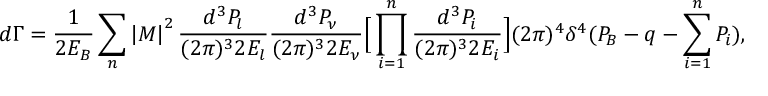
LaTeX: d \Gamma = \frac { 1 } { 2 E _ { B } } \sum _ { n } \left| { \cal M } \right| ^ { 2 } \frac { d ^ { 3 } P _ { l } } { ( 2 \pi ) ^ { 3 } 2 E _ { l } } \frac { d ^ { 3 } P _ { \nu } } { ( 2 \pi ) ^ { 3 } 2 E _ { \nu } } \Big [ \prod _ { i = 1 } ^ { n } \frac { d ^ { 3 } P _ { i } } { ( 2 \pi ) ^ { 3 } 2 E _ { i } } \Big ] ( 2 \pi ) ^ { 4 } \delta ^ { 4 } ( P _ { B } - q - \sum _ { i = 1 } ^ { n } P _ { i } ) ,